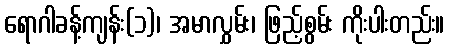
ရောဂါခန့်ကျန်း(၁)၊ အမာလွှမ်း၊ ဖြည့်စွမ်း ကိုးပါးတည်း။